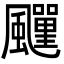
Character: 𩙎